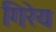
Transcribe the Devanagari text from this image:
गिरेय